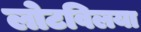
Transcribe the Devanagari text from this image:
लोटविलया